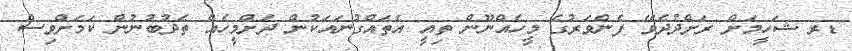
ޑރ ޝަހީމަށް ރަށްދުދެވޭ ފެންވަރުގެ މީހެއްނޫން ތިއީ އެތައްގުނައަކުން ދަށްމީހެއް ތެދުބުނުން ކަމަށްވިސް